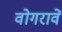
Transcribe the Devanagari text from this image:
वोगरावें